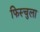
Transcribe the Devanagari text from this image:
फिस्‍चुला